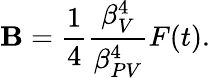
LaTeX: \mathbf{B}=\frac{{1}}{{4}}\frac{{\beta_{V}^{4}}}{{\beta_{PV}^{4}}}F(t).